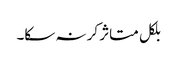
بلکل متاثر کر نہ سکا۔